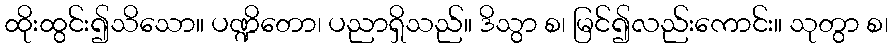
ထိုးထွင်း၍သိသော။ ပဏ္ဍိတော၊ ပညာရှိသည်။ ဒိသွာ စ၊ မြင်၍လည်းကောင်း။ သုတွာ စ၊